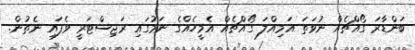
ބަންޑާރަ ގޯއްޗެއް ނުވަތަ އަމިއްލަ ގޯއްޗެއް އެމީހެއްގެ ނަމުގައި ރަޖިސްޓަރީ ވެފައި ނެތުން.